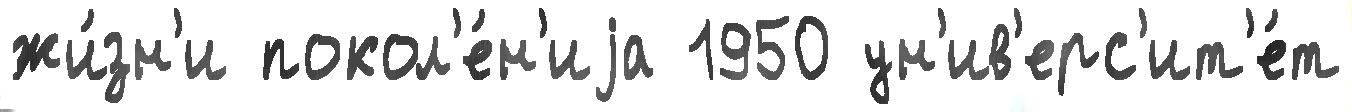
жи́зн'и покол'е́н'иjа 1950 ун'ив'ерс'ит'е́т